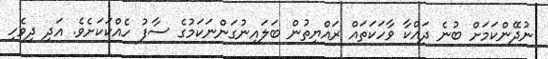
ނުދޭންކަމަށް ބުނެ ދައްކާ ވާހަކަތައް ރައްޔިތުން ބަލައިނުގަންނަކަމުގެ ސާފު ހެއްކަކަށެވެ. އަދި ދިވެހި